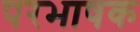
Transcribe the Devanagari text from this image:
परभाषक